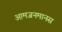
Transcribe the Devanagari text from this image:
आमजनमानस